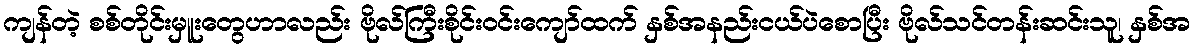
ကျန်တဲ့ စစ်တိုင်းမှူးတွေဟာလည်း ဗိုလ်ကြီးစိုင်းဝင်းကျော်ထက် နှစ်အနည်းငယ်ပဲစောပြီး ဗိုလ်သင်တန်းဆင်းသူ၊ နှစ်အ